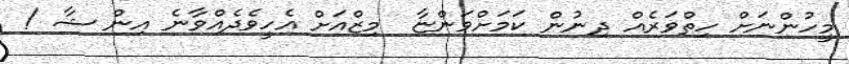
މީހުންނަށް ހިތްވަރެއް ދިނުން ކަމަށްވަންޏާ  މިޒްއަށް އެހީވެދެއްވާނެ އިން ޝާ !